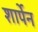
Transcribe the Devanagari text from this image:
शार्पेन